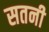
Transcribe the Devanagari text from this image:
सतनी